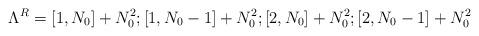
LaTeX: \begin{align*} \Lambda^R=[1,N_0]+N_0^2;[1,N_0-1]+N_0^2;[2,N_0]+N_0^2;[2,N_0-1]+N_0^2\end{align*}